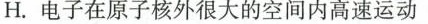
H.电子在原子核外很大的空间内高速运动